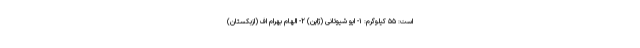
است: ۵۵ کیلوگرم: ۱- ایو شیوتانی (ژاپن) ۲- الهام بهرام اف (ازبکستان)